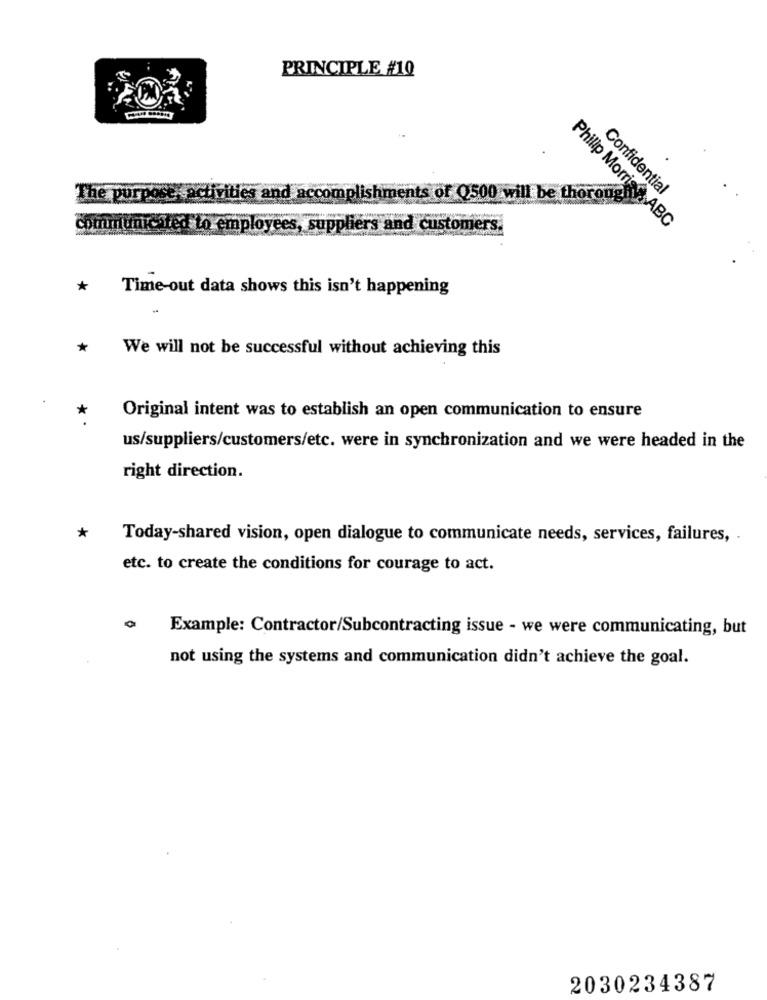
PRINCIPLE #10
Confidential
The purpose
activities a
accomplishments of Q500 will be thorough
communicated to employees, suppliers and customers.
Philip Morrist: ABC
* Time-out data shows this isn't happening
*
We will not be successful without achieving this
*
Original intent was to establish an open communication to ensure
us/suppliers/customers/etc. were in synchronization and we were headed in the
right direction.
*
Today-shared vision, open dialogue to communicate needs, services, failures, .
etc. to create the conditions for courage to act.
Example: Contractor/Subcontracting issue - we were communicating, but
not using the systems and communication didn't achieve the goal.
2030234387